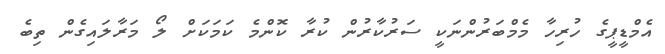
އެމްޑީޕީގެ ހުރިހާ މެމްބަރުންނަކީ ސަރުކާރުން ކުރާ ކޮންމެ ކަމަކަށް ލޯ މަރާލައިގެން ތިބެ